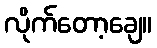
လိုက်တော့ချေ။